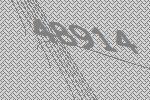
48914